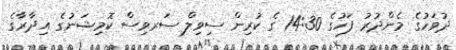
ދުވަހުގެ މެންދުރު ފަހުގެ 14:30 ގެ ކުރިން ސިވިލް ސަރވިސް ކޮމިޝަނުގެ އިދާރާގެ